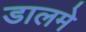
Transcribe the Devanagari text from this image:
डालमे